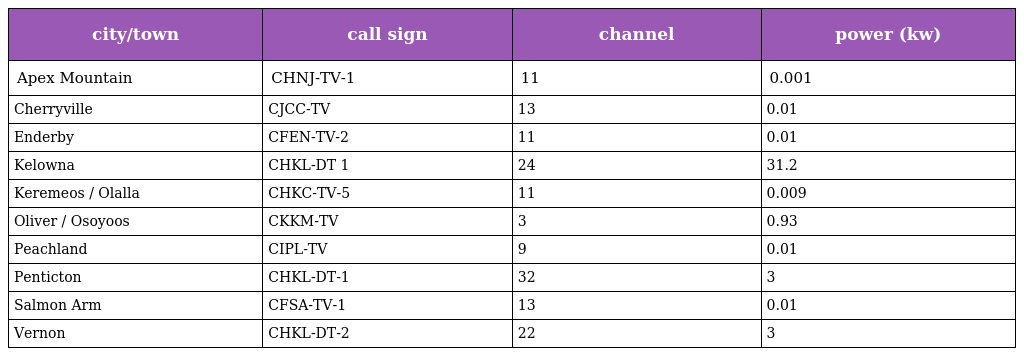
| city/town | call sign | channel | power (kw) |
 | --- | --- | --- | --- |
 | Apex Mountain | CHNJ-TV-1 | 11 | 0.001 |
 | Cherryville | CJCC-TV | 13 | 0.01 |
 | Enderby | CFEN-TV-2 | 11 | 0.01 |
 | Kelowna | CHKL-DT 1 | 24 | 31.2 |
 | Keremeos / Olalla | CHKC-TV-5 | 11 | 0.009 |
 | Oliver / Osoyoos | CKKM-TV | 3 | 0.93 |
 | Peachland | CIPL-TV | 9 | 0.01 |
 | Penticton | CHKL-DT-1 | 32 | 3 |
 | Salmon Arm | CFSA-TV-1 | 13 | 0.01 |
 | Vernon | CHKL-DT-2 | 22 | 3 |